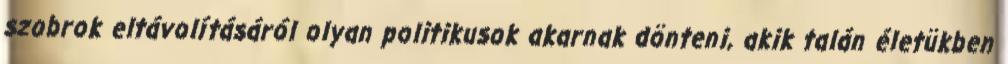
szobrok eltávolításáról olyan politikusok akarnak dönteni, akik talán életükben